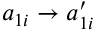
a _ { 1 i } \to a _ { 1 i } ^ { \prime }